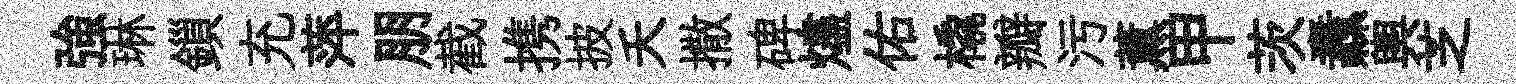
強琳鎻充萍朋截携披夭撒碑燼佑橇瓣污薫甲茨纛輿芝